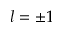
l = \pm 1